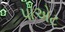
પોએટ